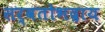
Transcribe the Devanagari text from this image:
सर्वतोभद्राय